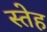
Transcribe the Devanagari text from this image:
स्तेह